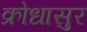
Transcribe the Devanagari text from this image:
क्रोधासुर